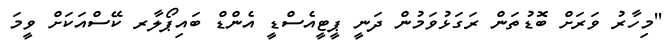
''މިހާރު ވަރަށް ބޮޑުތަން ރަގަޅުވަމުން ދަނީ ޕީޓީއެސްޑީ އެންޑް ބައިޕޯލާރ ކޭސްއަކަށް ވީމަ